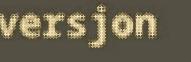
versjon